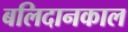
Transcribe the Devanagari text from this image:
बलिदानकाल